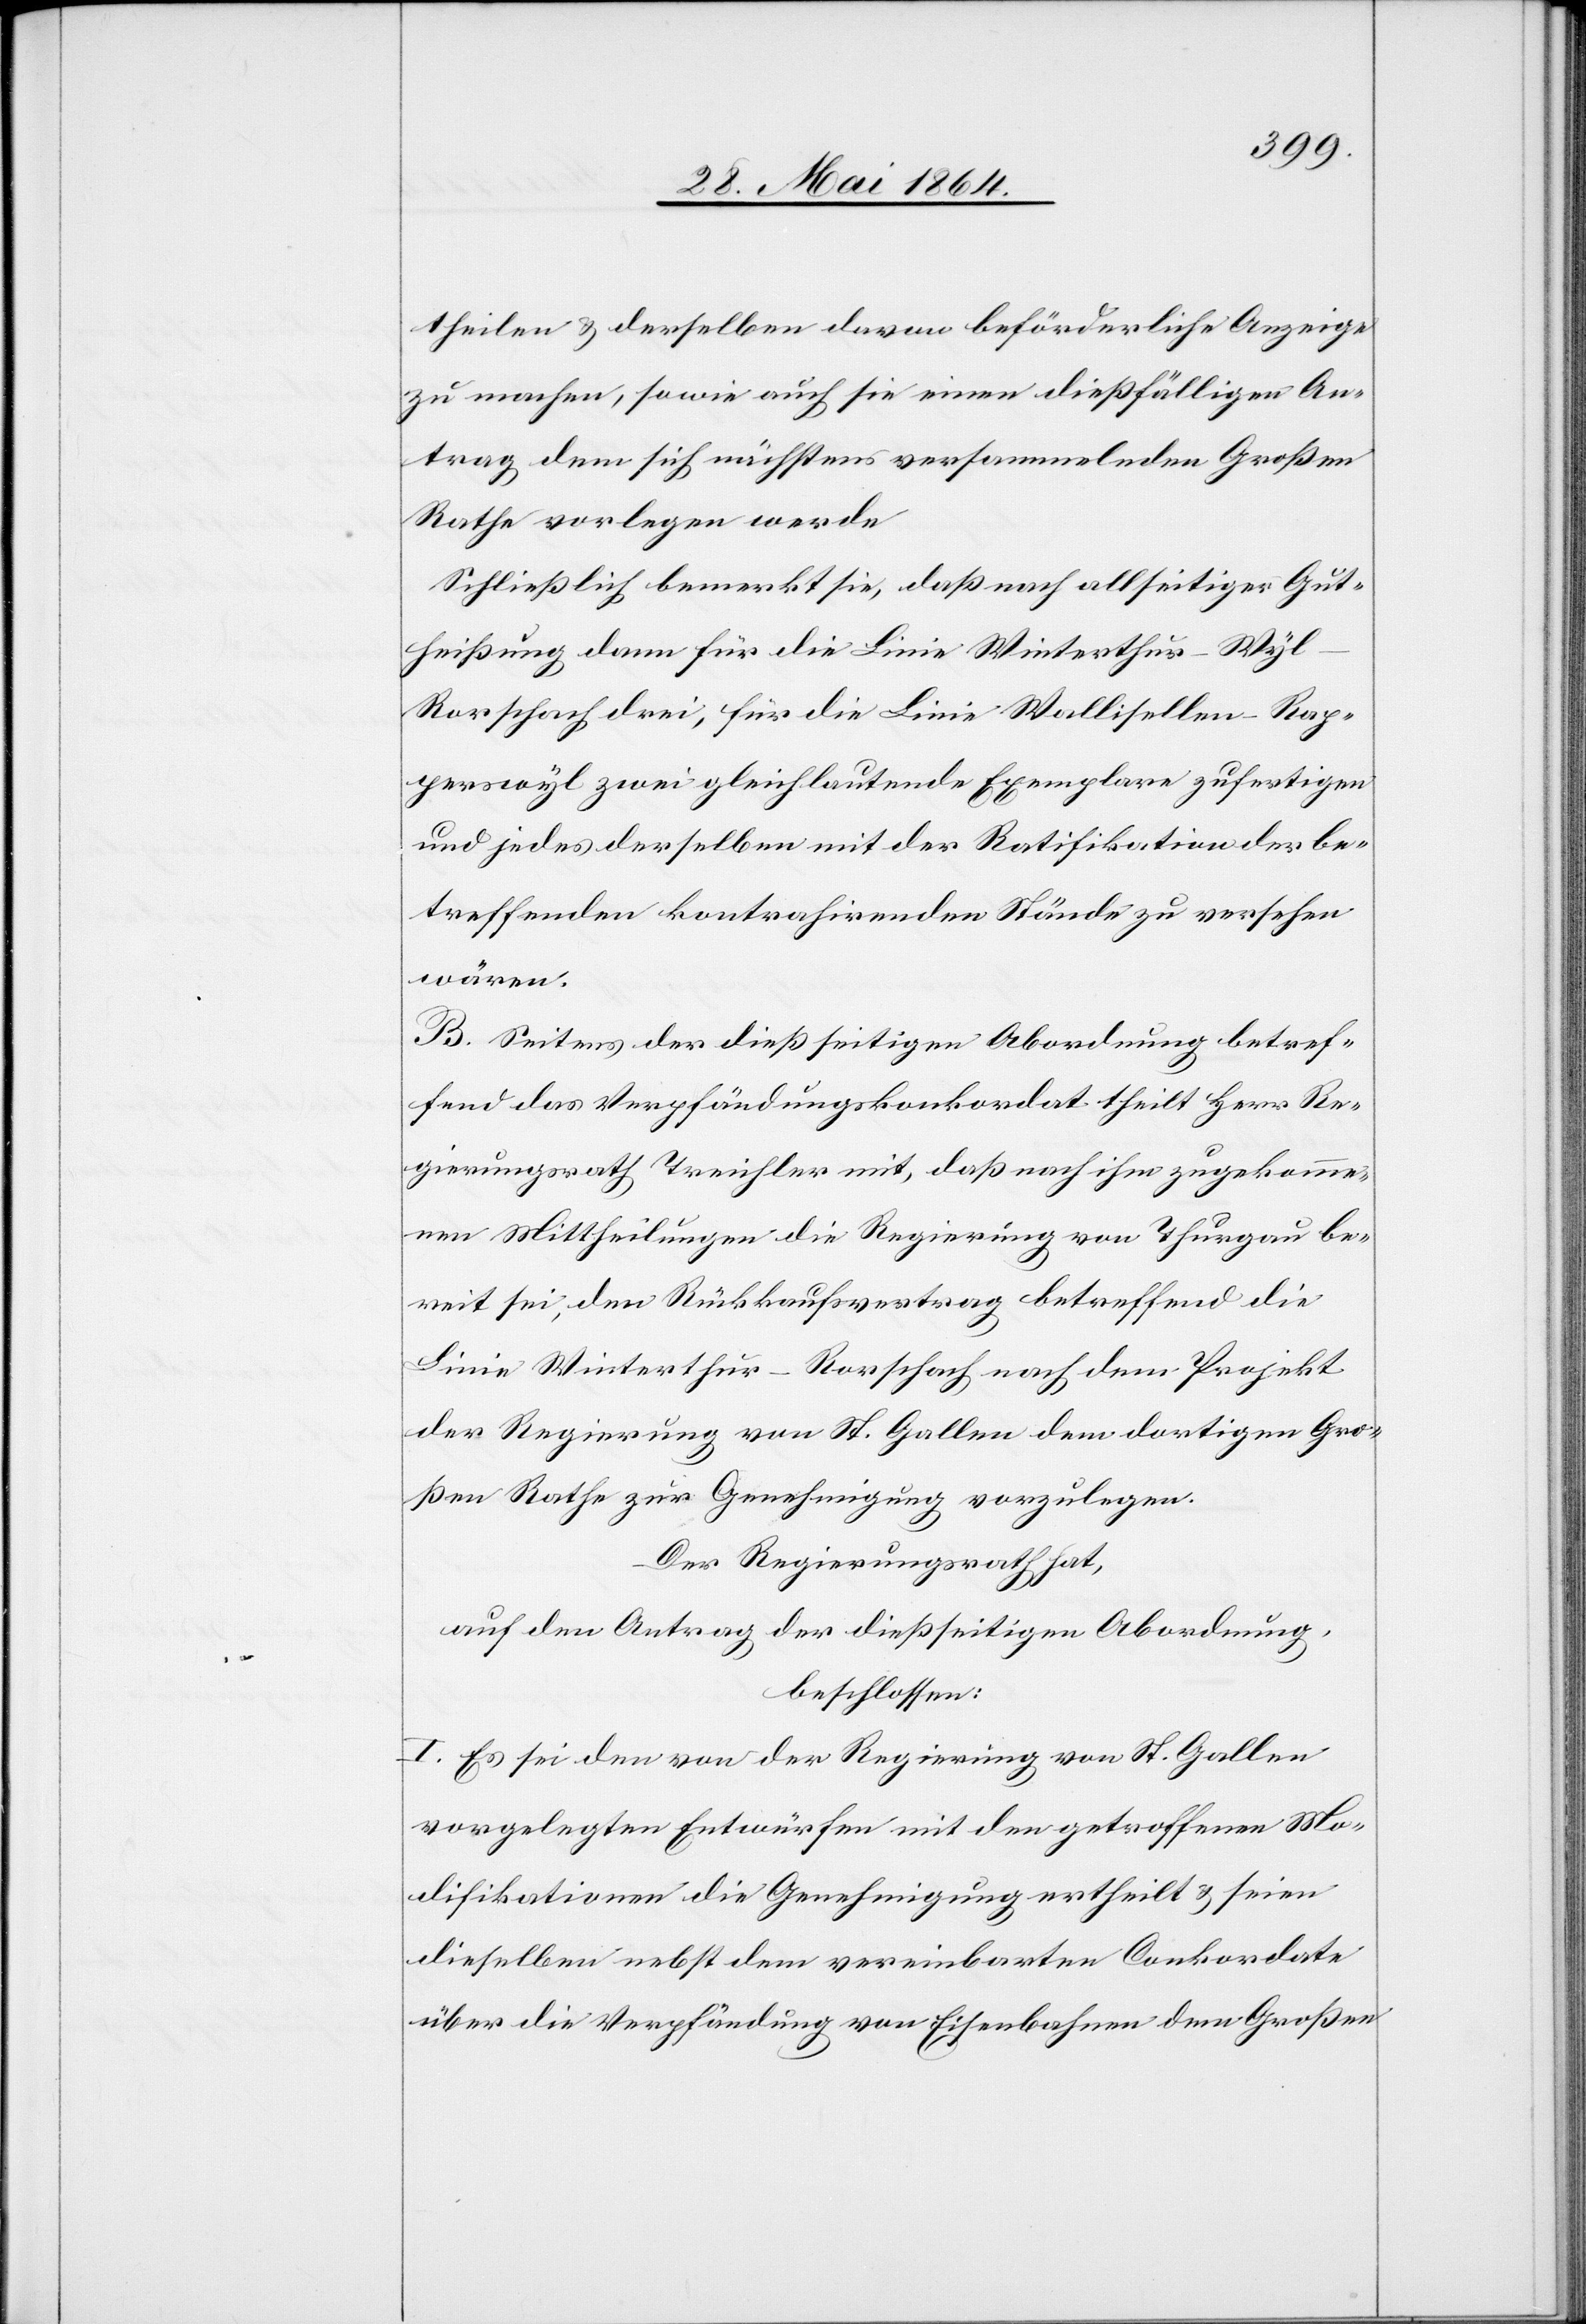
theilen u. derselben davon beförderliche Anzeige
zu machen, sowie auch sie einen dießfälligen An¬
trag dem sich nächstens versammelnden Großen
Rathe vorlegen werde[.]
Schließlich bemerkt sie, daß nach allseitiger Gut¬
heißung dann für die Linie Winterthur–Wy¬
l–Rorschach drei, für die Linie Wallisellen–Rap¬
perswyl zwei gleichlautende Exemplare zufertigen
und jedes derselben mit der Ratifikation der be¬
treffenden kontrahirenden Stände zu versehen
wären.
B. Seitens der dießseitigen Abordnung betref¬
fend das Verpfändungskonkordat theilt Herr Re¬
gierungsrath Treichler mit, daß nach ihm zugekomme¬
nen Mittheilungen die Regierung von Thurgau be¬
reit sei, den Rückkaufsvertrag betreffend die
Linie Winterthur–Rorschach nach dem Projekt
der Regierung von St. Gallen dem dortigen Gro¬
ßen Rathe zur Genehmigung vorzulegen.
Der Regierungsrath hat,
auf den Antrag der dießseitigen Abordnung,
beschlossen:
I. Es sei den von der Regierung von St. Gallen
vorgelegten Entwürfen mit den getroffenen Mo¬
difikationen die Genehmigung ertheilt u. seien
dieselben nebst dem vereinbarten Conkordate
über die Verpfändung von Eisenbahnen dem Großen